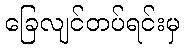
ခြေလျင်တပ်ရင်းမှ